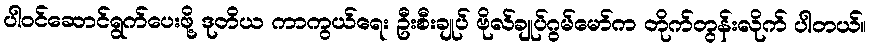
ပါဝင်ဆောင်ရွက်ပေးဖို့ ဒုတိယ ကာကွယ်ရေး ဦးစီးချုပ် ဗိုလ်ချုပ်ဂွမ်မော်က တိုက်တွန်းလိုက် ပါတယ်။